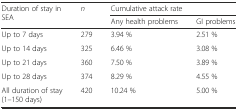
| <ROWSPAN=2> Duration of stay in SEA | <ROWSPAN=2> n | <COLSPAN=2> Cumulative attack rate |
 | Any health problems | GI problems |
 | --- | --- | --- | --- |
 | Up to 7 days | 279 | 3.94 % | 2.51 % |
 | Up to 14 days | 325 | 6.46 % | 3.08 % |
 | Up to 21 days | 360 | 7.50 % | 3.89 % |
 | Up to 28 days | 374 | 8.29 % | 4.55 % |
 | All duration of stay (1–150 days) | 420 | 10.24 % | 5.00 % |